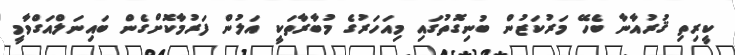
ކީރިތި ޤުރުއާނާ ބެހޭ މަރުކަޒުން ބުނިގޮތުގައި މިއަހަރުގެ މުބާރާތަކީ އަލުން ފަރުމާކޮށްގެން ބައިނަލްއަގްވާމީ